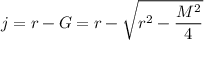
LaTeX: { } j = r - G = r - { \sqrt { r ^ { 2 } - { \frac { M ^ { 2 } } { 4 } } } }